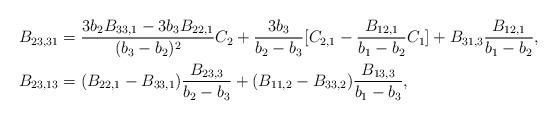
LaTeX: \begin{align*}&B_{23,31}=\frac{3b_2B_{33,1}-3b_3B_{22,1}}{(b_3-b_2)^2}C_2+\frac{3b_3}{b_2-b_3}[C_{2,1}-\frac{B_{12,1}}{b_1-b_2}C_1]+B_{31,3}\frac{B_{12,1}}{b_1-b_2},\\&B_{23,13}=(B_{22,1}-B_{33,1})\frac{B_{23,3}}{b_2-b_3}+(B_{11,2}-B_{33,2})\frac{B_{13,3}}{b_1-b_3},\end{align*}